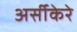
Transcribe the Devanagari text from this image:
अर्सीकेरे